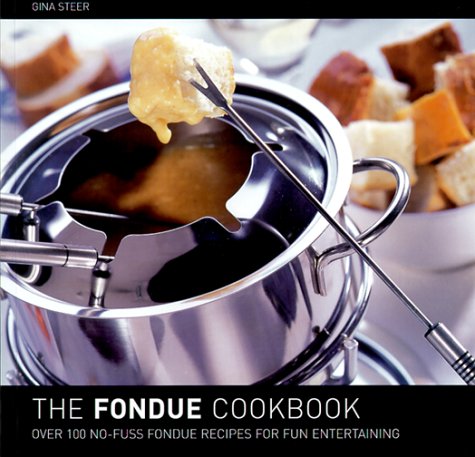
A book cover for The Fondue Cookbook; Gina Steer; Cookbooks, Food & Wine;